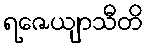
ရဇေယျာသီတိ